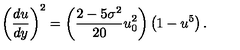
\left( \frac { d u } { d y } \right) ^ { 2 } = \left( \frac { 2 - 5 \sigma ^ { 2 } } { 2 0 } u _ { 0 } ^ { 2 } \right) \left( 1 - u ^ { 5 } \right) .